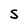
Character: S